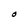
Character: O